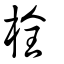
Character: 栓